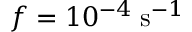
f = 1 0 ^ { - 4 } \; \mathrm { s } ^ { - 1 }